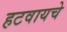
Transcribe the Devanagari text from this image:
हटवायचे